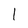
Character: l